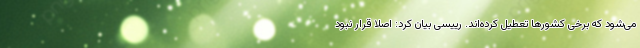
می‌شود که برخی کشورها تعطیل کرده‌اند. رییسی بیان کرد: اصلا قرار نبود